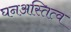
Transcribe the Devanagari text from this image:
घनअस्तित्व